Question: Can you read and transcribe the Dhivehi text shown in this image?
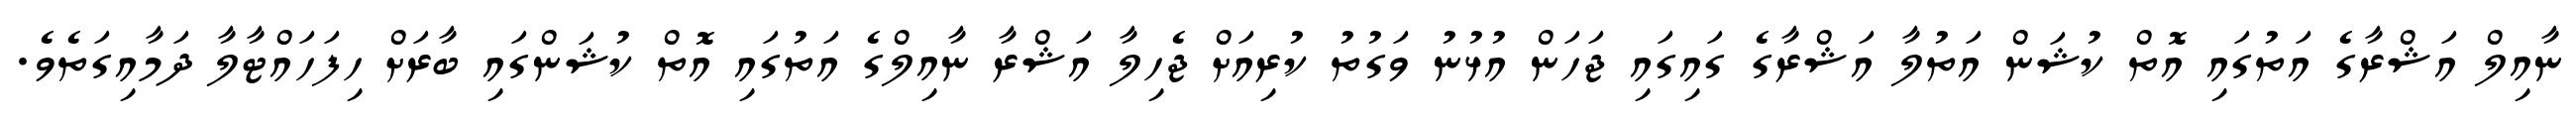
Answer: ނާއިލް އަޝްރާގެ އަތުގައި އޮތް ކުޝަން އަތުލާ އަޝްރާގެ ގައިގައި ޖަހަން އުޅުނު ވަގުތު ކުރިއަށް ޖެހިލާ އަޝްރާ ނާއިލްގެ އަތުގައި އޮތް ކުޝަންގައި ބާރަށް ހިފަހައްޓާލާ ދަމާއިގަތެވެ.